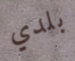
بلدي